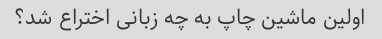
اولین ماشین چاپ به چه زبانی اختراع شد؟